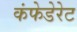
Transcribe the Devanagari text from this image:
कंफेडेरेट